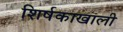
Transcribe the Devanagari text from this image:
शिर्षकाखाली